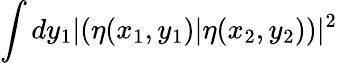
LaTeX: \int dy_{1}\vert(\eta(x_{1},y_{1})\vert\eta(x_{2},y_{2}))\vert^{2}